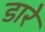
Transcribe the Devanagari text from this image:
डारे